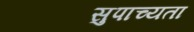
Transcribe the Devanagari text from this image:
सुपाच्यता